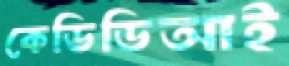
কেডিডিআই